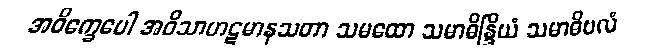
အဝိက္ခေပေါ အဝိသာဟဋမာနသတာ သမထော သမာဓိန္ဒြိယံ သမာဓိဗလံ